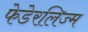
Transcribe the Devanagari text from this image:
फेडेरलिज्म